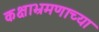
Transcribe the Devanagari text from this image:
कक्षाभ्रमणाच्या